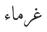
غرماء